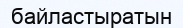
байластыратын